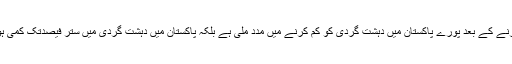
شمالی اور جنوبی وزیرستان کو دہشت گردوں سے پاک کرنے کے بعد پورے پاکستان میں دہشت گردی کو کم کرنے میں مدد ملی ہے بلکہ پاکستان میں دہشت گردی میں ستر فیصدتک کمی ہونے کا اعتراف غیر ملکی اشاعتی ادارے بھی کررہے ہیں۔